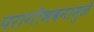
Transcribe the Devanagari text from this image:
परागीभवनामुळे